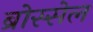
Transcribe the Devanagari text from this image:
ब्रोस्सेल